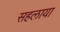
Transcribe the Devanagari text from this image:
सहलाया